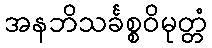
အနဘိသင်္ခစ္စဝိမုတ္တံ